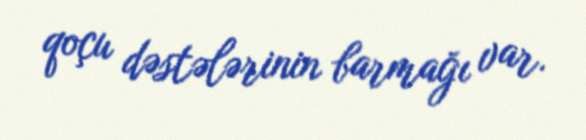
qoçu dəstələrinin barmağı var.